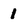
Character: 1